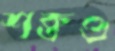
শক্তও